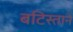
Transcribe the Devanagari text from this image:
बटिस्ताने